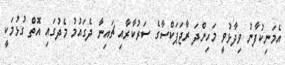
އެމަނިކުފާނު ވިދާޅުވީ މަހިންދަ ރާޖަޕަކްސާގެ ސަރުކާރާއި ޗައިނާ ދެގައުމު މެދުގައި އޮތް ގުޅުމަކީ